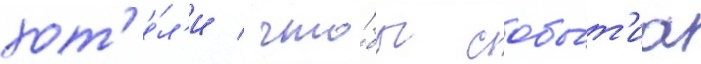
хот'е́л'и / что́бы собы́т'иа